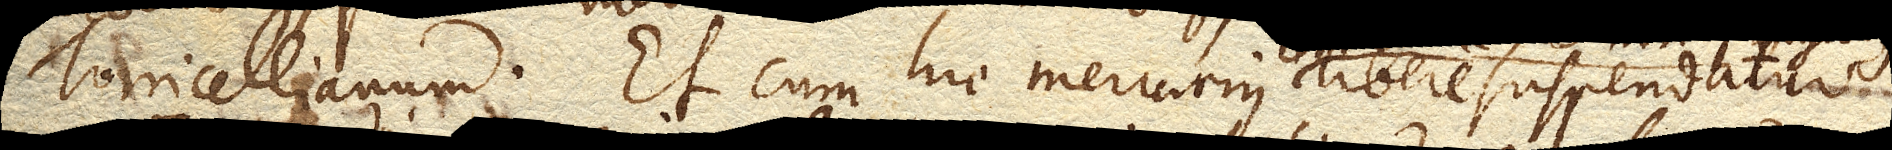
Torricellianum. Et cum hic Mercurius libere suspendatur